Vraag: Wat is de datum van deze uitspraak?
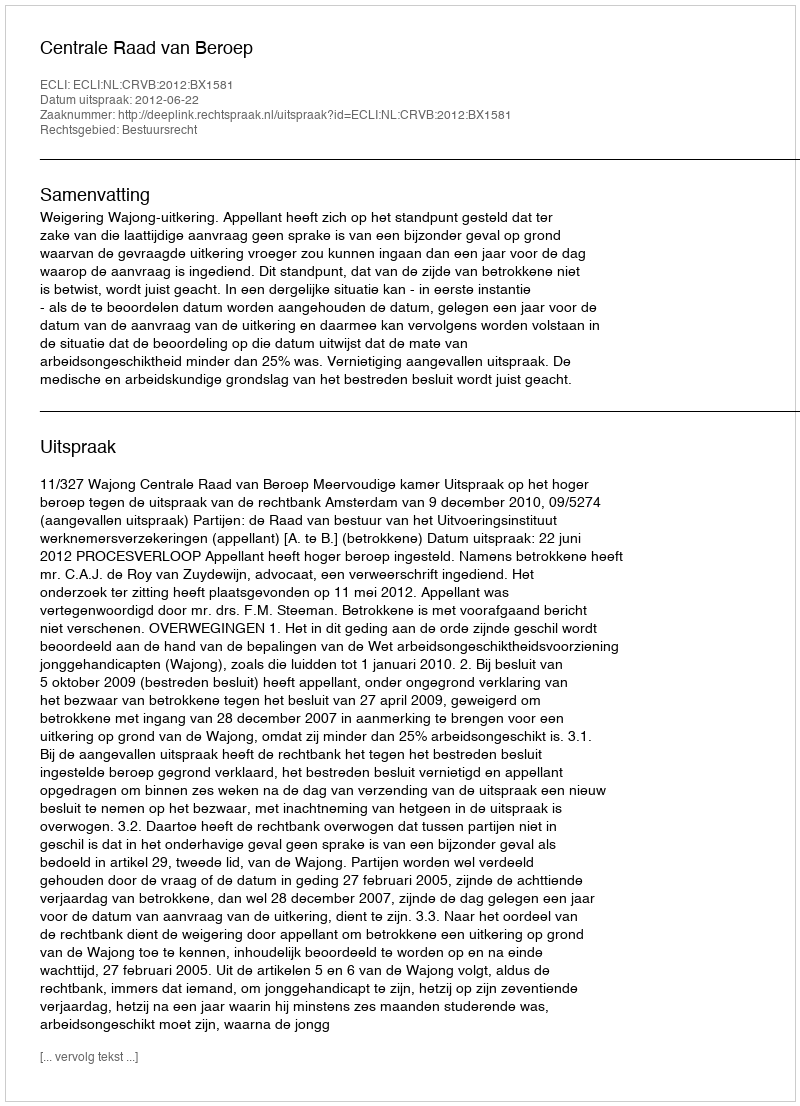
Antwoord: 2012-06-22